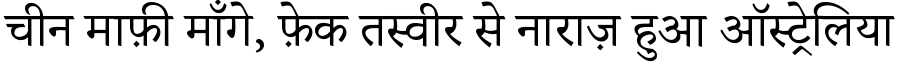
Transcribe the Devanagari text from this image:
चीन माफ़ी माँगे, फ़ेक तस्वीर से नाराज़ हुआ ऑस्ट्रेलिया